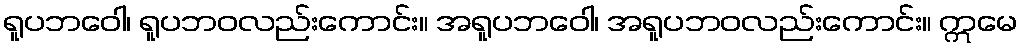
ရူပဘဝေါ၊ ရူပဘဝလည်းကောင်း။ အရူပဘဝေါ၊ အရူပဘဝလည်းကောင်း။ ဣမေ